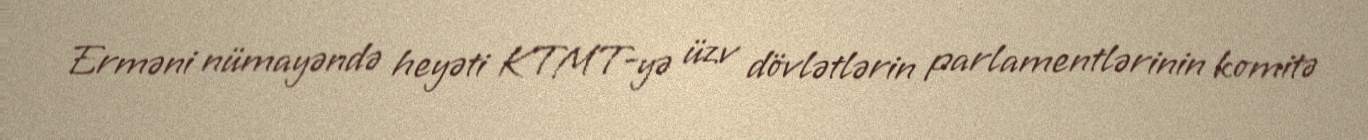
Erməni nümayəndə heyəti KTMT-yə üzv dövlətlərin parlamentlərinin komitə